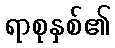
ရာစုနှစ်၏